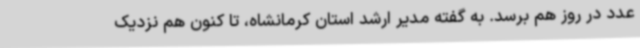
عدد در روز هم برسد. به گفته مدیر ارشد استان کرمانشاه، تا کنون هم نزدیک